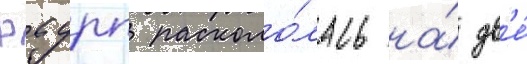
Рсдрп расколо́лась на́ дв'е́